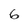
Character: 6